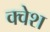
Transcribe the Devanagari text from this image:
क्वेश